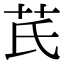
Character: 芪